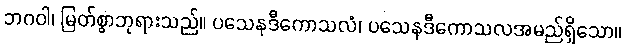
ဘဂဝါ၊ မြတ်စွာဘုရားသည်။ ပသေနဒီကောသလံ၊ ပသေနဒီကောသလအမည်ရှိသော။